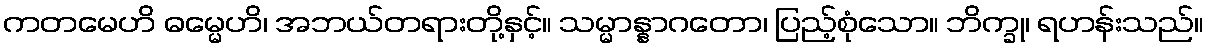
ကတမေဟိ ဓမ္မေဟိ၊ အဘယ်တရားတို့နှင့်။ သမ္မာန္နာဂတော၊ ပြည့်စုံသော။ ဘိက္ခု၊ ရဟန်းသည်။